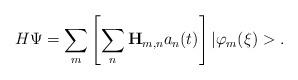
LaTeX: \begin{align*}H\Psi =\sum_m\left[ \sum_n{\bf H}_{m,n}a_n(t)\right] |\varphi_m(\xi )>.\end{align*}